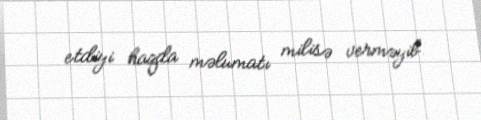
etdiyi haqda məlumatı milisə verməyib.